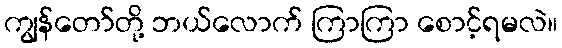
ကျွန်တော်တို့ ဘယ်လောက် ကြာကြာ စောင့်ရမလဲ။